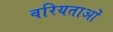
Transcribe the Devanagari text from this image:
वरियताओं